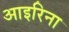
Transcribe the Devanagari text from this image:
आइरिना